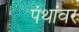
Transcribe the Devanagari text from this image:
पंथांवर